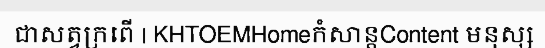
ជាសត្វក្រពើ | KHTOEMHomeកំសាន្តContent មនុស្ស